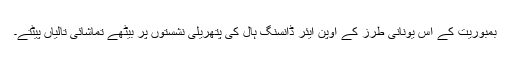
بمبوریت کے اس یونانی طرز کے اوپن ایئر ڈانسنگ ہال کی پتھریلی نشستوں پر بیٹھے تماشائی تالیاں پیٹتے۔